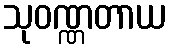
သုဝဏ္ဏတာယ